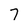
Character: 7